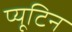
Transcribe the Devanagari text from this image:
प्यूटिन